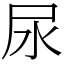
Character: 尿